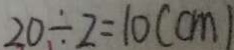
2 0 \div 2 = 1 0 ( c m )